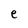
Character: e